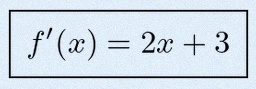
f'(x)=2x+3